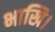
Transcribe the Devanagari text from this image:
भाखि।